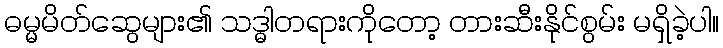
ဓမ္မမိတ်ဆွေများ၏ သဒ္ဓါတရားကိုတော့ တားဆီးနိုင်စွမ်း မရှိခဲ့ပါ။